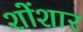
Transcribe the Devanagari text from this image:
शोंशार